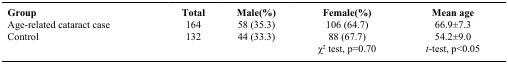
<table><thead><tr><td><b>Group</b></td><td><b>Total</b></td><td><b>Male(%)</b></td><td><b>Female(%)</b></td><td><b>Mean age</b></td></tr></thead><tbody><tr><td>Age-related cataract case</td><td>164</td><td>58 (35.3)</td><td>106 (64.7)</td><td>66.9±7.3</td></tr><tr><td>Control</td><td>132</td><td>44 (33.3)</td><td>88 (67.7)</td><td>54.2±9.0</td></tr><tr><td> </td><td> </td><td> </td><td>χ<sup>2</sup> test, p=0.70</td><td><i>t</i>-test, p&lt;0.05</td></tr></tbody></table>